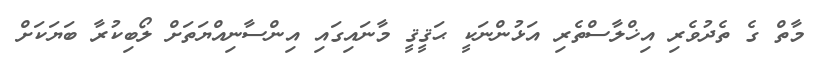
މާތް ގެ ތެދުވެރި އިޚްލާސްތެރި އަޅުންނަކީ ޙަޤީޤީ މާނައިގައި އިންސާނިއްޔަތަށް ލޯބިކުރާ ބަޔަކަށް